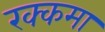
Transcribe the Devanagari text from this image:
रक्कमा